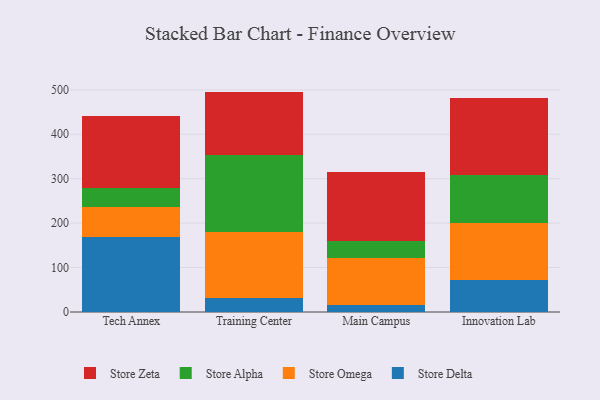
{"axis": {"x": "Campus", "y": "Churn Rate (%)"}, "legend": ["Store Alpha", "Store Delta", "Store Omega", "Store Zeta"], "data": [{"x": "Tech Annex", "y": 168.8, "type": "Store Delta"}, {"x": "Tech Annex", "y": 67.4, "type": "Store Omega"}, {"x": "Tech Annex", "y": 43.6, "type": "Store Alpha"}, {"x": "Tech Annex", "y": 161.4, "type": "Store Zeta"}, {"x": "Training Center", "y": 31.3, "type": "Store Delta"}, {"x": "Training Center", "y": 148.9, "type": "Store Omega"}, {"x": "Training Center", "y": 173.7, "type": "Store Alpha"}, {"x": "Training Center", "y": 142.1, "type": "Store Zeta"}, {"x": "Main Campus", "y": 15.1, "type": "Store Delta"}, {"x": "Main Campus", "y": 107.2, "type": "Store Omega"}, {"x": "Main Campus", "y": 37.3, "type": "Store Alpha"}, {"x": "Main Campus", "y": 156.0, "type": "Store Zeta"}, {"x": "Innovation Lab", "y": 71.4, "type": "Store Delta"}, {"x": "Innovation Lab", "y": 128.0, "type": "Store Omega"}, {"x": "Innovation Lab", "y": 108.3, "type": "Store Alpha"}, {"x": "Innovation Lab", "y": 173.4, "type": "Store Zeta"}]}